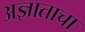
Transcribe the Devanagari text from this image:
अज्ञाताचा